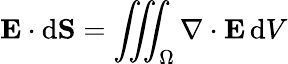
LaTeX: \mathbf{E}\cdot\mathrm{d}\mathbf{S}=\iiint_{\Omega}\nabla\cdot\mathbf{E}\, \mathrm{d}V